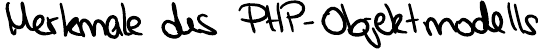
Merkmale des PHP-Objektmodells